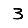
Digit: 3